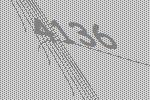
4136